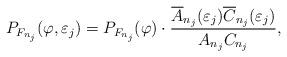
LaTeX: \begin{align*}P_{F_{n_j}}(\varphi, \varepsilon_j) = P_{F_{n_j}}(\varphi) \cdot \frac{\overline{A}_{n_j}(\varepsilon_j)\overline{C}_{n_j}(\varepsilon_j)}{A_{n_j}C_{n_j}}, \end{align*}